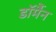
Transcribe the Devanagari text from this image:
डॉर्मैन